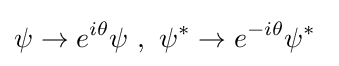
\psi \rightarrow e^{i\theta }\psi \ ,\ \psi ^{*}\rightarrow e^{-i\theta }\psi ^{*}~